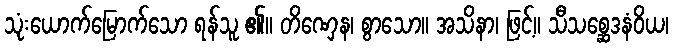
သုံးယောက်မြောက်သော ရန်သူ ၏။ တိဏှေန၊ စွာသော။ အသိနာ၊ ဖြင့်။ သီသစ္ဆေဒနံဝိယ၊